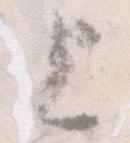
上